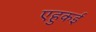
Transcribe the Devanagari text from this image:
एहुकई